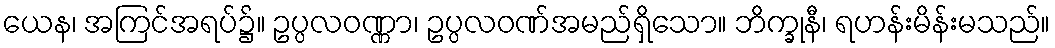
ယေန၊ အကြင်အရပ်၌။ ဥပ္ပလဝဏ္ဏာ၊ ဥပ္ပလဝဏ်အမည်ရှိသော။ ဘိက္ခုနီ၊ ရဟန်းမိန်းမသည်။